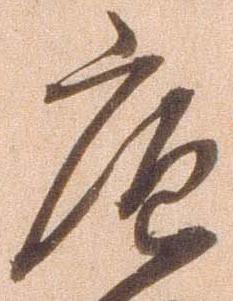
庖